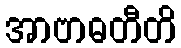
အာဗာဓတီတိ